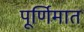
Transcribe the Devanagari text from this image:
पूर्णिमात